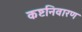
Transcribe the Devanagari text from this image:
कष्टनिवारण